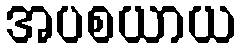
အပစယာယ